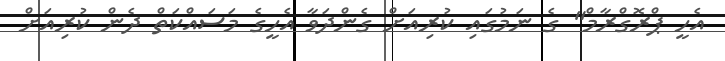
އެހީ ޕްރޮގްރާމް" ގެ ނަމުގައި ކުރިއަށް ގެންދަވާ އެހީގެ މަސައްކަތް ދެން ކުރިއަށް